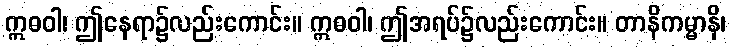
ဣဓဝါ၊ ဤနေရာ၌လည်းကောင်း။ ဣဓဝါ၊ ဤအရပ်၌လည်းကောင်း။ တာနိကမ္မာနိ၊